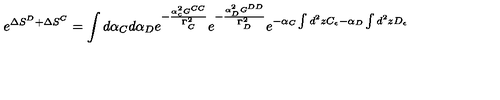
e ^ { \Delta S ^ { D } + \Delta S ^ { C } } = \int d \alpha _ { C } d \alpha _ { D } e ^ { - \frac { \alpha _ { c } ^ { 2 } G ^ { C C } } { \Gamma _ { C } ^ { 2 } } } e ^ { - \frac { \alpha _ { D } ^ { 2 } G ^ { D D } } { \Gamma _ { D } ^ { 2 } } } e ^ { - \alpha _ { C } \int d ^ { 2 } z C _ { \epsilon } - \alpha _ { D } \int d ^ { 2 } z D _ { \epsilon } }